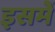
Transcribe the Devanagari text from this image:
इसमेें